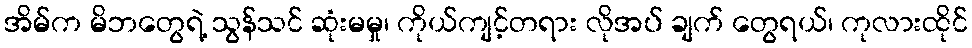
အိမ်က မိဘတွေရဲ့ သွန်သင် ဆုံးမမှု၊ ကိုယ်ကျင့်တရား လိုအပ် ချက် တွေရယ်၊ ကုလားထိုင်